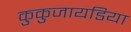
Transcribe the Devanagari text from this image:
कुकुजायडिया